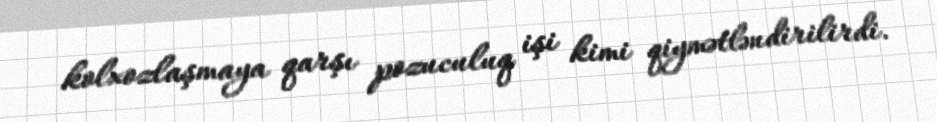
kolxozlaşmaya qarşı pozuculuq işi kimi qiymətləndirilirdi.